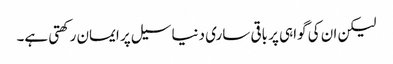
لیکن ان کی گواہی پر باقی ساری دنیا سیل پر ایمان رکھتی ہے۔